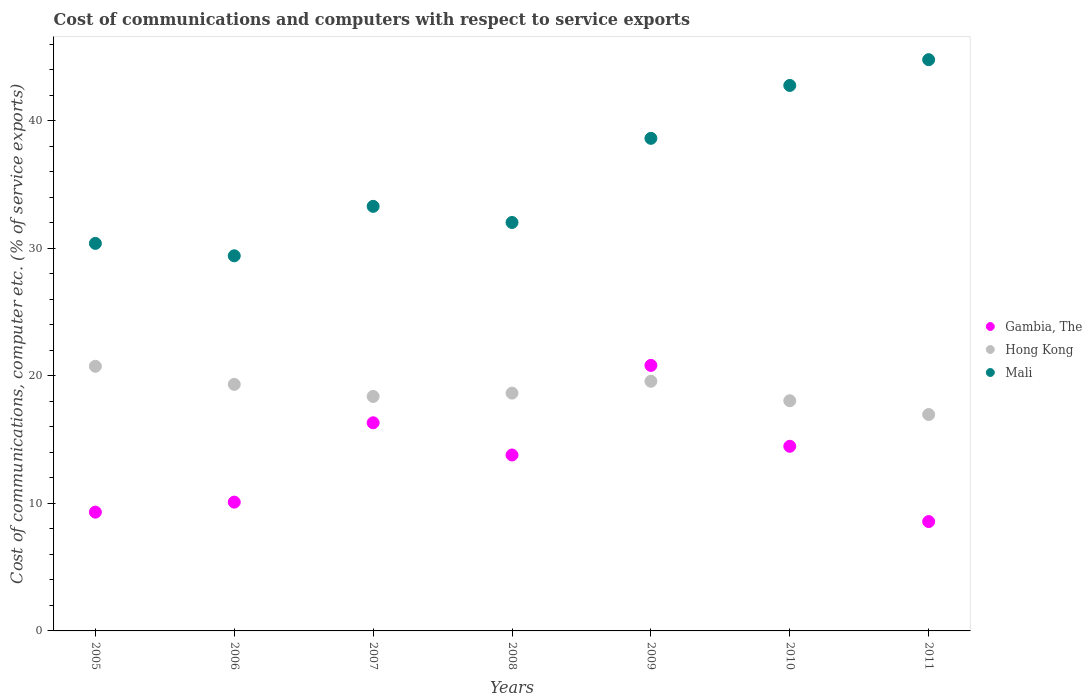
| Years | Gambia, The | Hong Kong | Mali |
 | --- | --- | --- | --- |
 | 2005 | 9.32 | 20.8 | 30.4 |
 | 2006 | 10.1 | 19.3 | 29.4 |
 | 2007 | 16.3 | 18.4 | 33.3 |
 | 2008 | 13.8 | 18.7 | 32 |
 | 2009 | 20.8 | 19.6 | 38.6 |
 | 2010 | 14.5 | 18.1 | 42.8 |
 | 2011 | 8.58 | 17 | 44.8 |